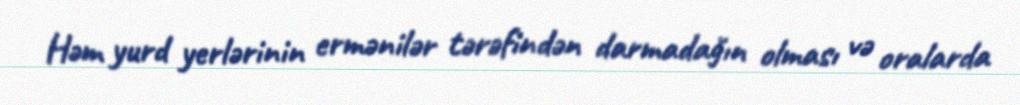
Həm yurd yerlərinin ermənilər tərəfindən darmadağın olması və oralarda